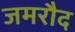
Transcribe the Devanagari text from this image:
जमरौद